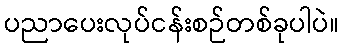
ပညာပေးလုပ်ငန်းစဉ်တစ်ခုပါပဲ။